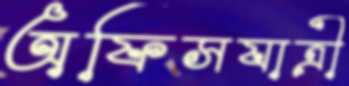
অফিসযাত্রী